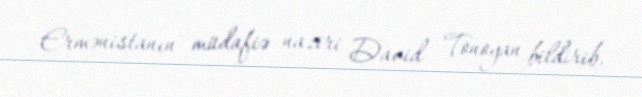
Ermənistanın müdafiə naziri David Tonoyan bildirib.